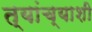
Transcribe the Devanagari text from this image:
त्‍यांच्‍याशी